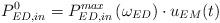
LaTeX: \begin{align*}P_{ED,in}^{0}=P_{ED,in}^{max}\left( {{\omega }_{ED}} \right)\cdot {{u}_{EM}}(t)\end{align*}